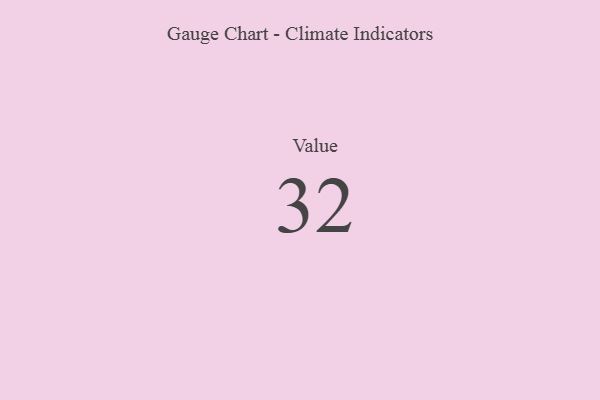
{"axis": {"x": "Metric", "y": "Value"}, "legend": [""], "data": [{"x": "Value", "y": 32, "type": ""}]}